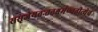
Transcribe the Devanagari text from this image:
ससृजेयतःततश्चर्मण्वतीत्येवं